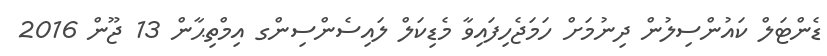
ޑެންޓަލް ކައުންސިލުން ދިނުމަށް ހަމަޖެހިފައިވާ މެޑިކަލް ލައިސެންސިންގ އިމްތިޙާން 13 ޖޫން 2016